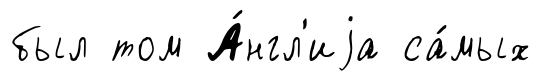
был том А́нгл'иjа са́мых